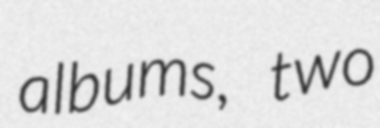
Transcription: albums, two